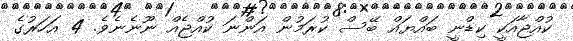
ކުއްޖާއަކީ ކިޑްނީ ބައްޔައް ބޭސް ކުރަމުން އަންނަ ކުއްޖެއް ނޫނެނެވެ. 4 އަހަރުގެ